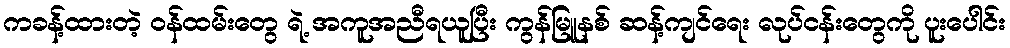
ကခန့်ထားတဲ့ ဝန်ထမ်းတွေ ရဲ့ အကူအညီရယူပြီး ကွန်မြူနစ် ဆန့်ကျင်ရေး လုပ်ငန်းတွေကို ပူးပေါင်း